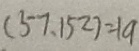
( 5 7 , 1 5 2 ) = 1 9